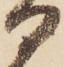
る